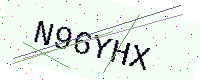
Text: N96YHX